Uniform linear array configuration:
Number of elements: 24
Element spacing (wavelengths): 1
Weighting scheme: blackman
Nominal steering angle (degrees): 15
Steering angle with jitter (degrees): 13.534
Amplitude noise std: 0.05
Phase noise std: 0.05

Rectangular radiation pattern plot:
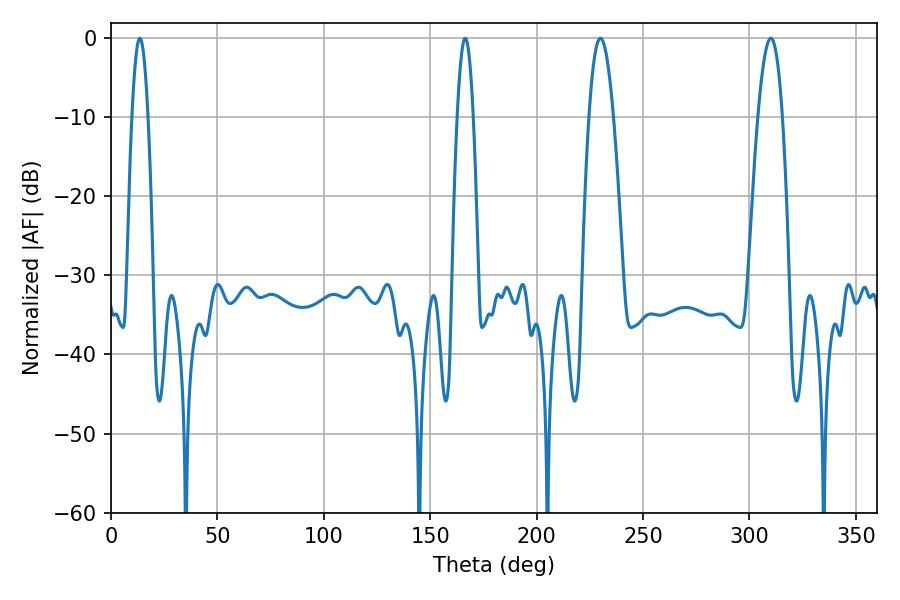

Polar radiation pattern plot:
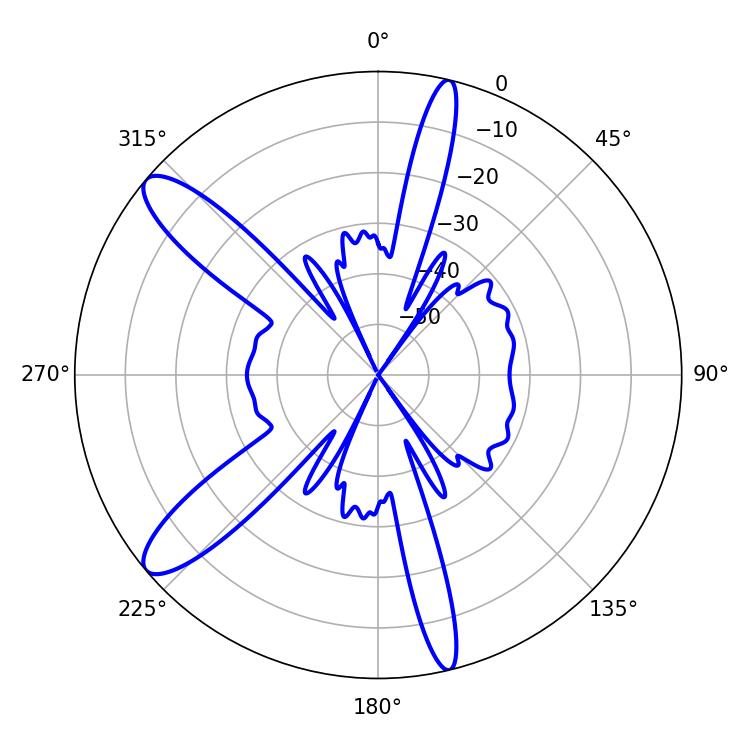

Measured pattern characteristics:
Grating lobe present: TRUE
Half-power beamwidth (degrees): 6.3
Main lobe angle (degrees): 230.04